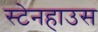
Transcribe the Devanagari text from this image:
स्टेनहाउस